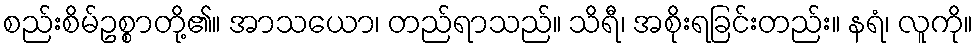
စည်းစိမ်ဥစ္စာတို့၏။ အာသယော၊ တည်ရာသည်။ သိရီ၊ အစိုးရခြင်းတည်း။ နရံ၊ လူကို။